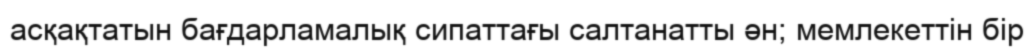
асқақтатын бағдарламалық сипаттағы салтанатты ән; мемлекеттін бір